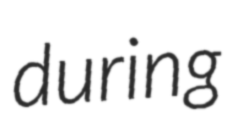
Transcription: during